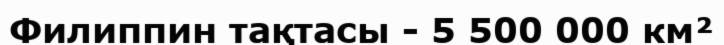
Филиппин тақтасы - 5 500 000 км²